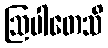
ဩပါတေသိ